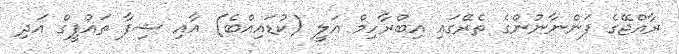
ރާއްޖޭގެ ފަންނާނުންގެ ތެރޭގައި އިބްރާހިމް އަލީ (ކުޑައިއްބެ) އާއި ޝިފާ ތައުފީގް އަދި